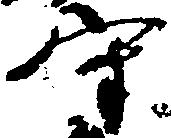
守